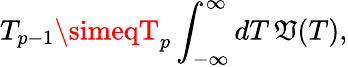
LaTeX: T_{p-1}\simeqT_{p}\int_{-\infty}^{\infty}dT\, \mathfrak{V}(T),